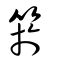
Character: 箊